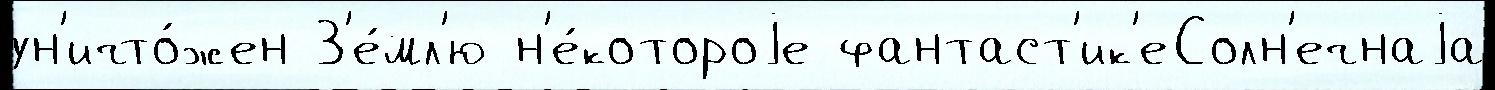
ун'ичто́жен З'е́мл'ю н'е́котороjе фантаст'ик'еСолн'ечнаjа